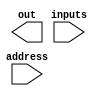
module mux32to1by1(out, address, inputs);
input[31:0] inputs;
input[4:0] address;
output out;
// your code

wire[31:0] inputsofmux;
wire outputofmux;
assign outputofmux=inputsofmux[address];


endmodule